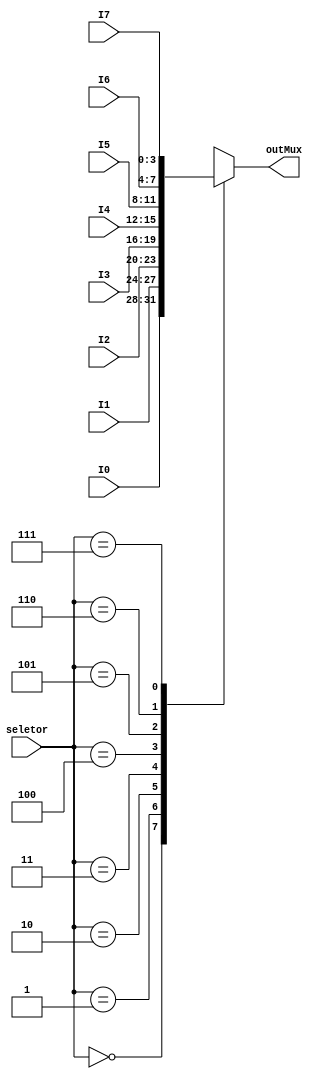
module multiplexador4bitsComportamentalComCase(input [2:0] seletor,input [3:0] I0,I1,I2,I3,I4,I5,I6,I7, output reg [3:0] outMux);
	always@(*) begin
		case(seletor)
			0:begin
				outMux = I0;
				end
			1:begin
				outMux = I1;
				end
			2:begin
				outMux = I2;
				end
			3: begin 
				outMux = I3;
				end
			4: begin
				outMux = I4;
				end
			5: begin
				outMux = I5;
				end
			6:begin
				outMux = I6;
				end
			7: begin 
				outMux = I7;
				end
			default : begin
				outMux = 0;
				end
		endcase
	end
endmodule